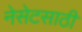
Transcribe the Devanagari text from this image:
नेसेटसाठी